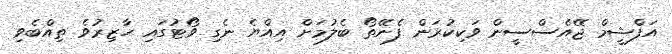
އަފްޝީމް ޖޭއެސްސީން ވަކިކުރަން ފެނޭތޯ ބެލުމަށް އިއްޔެ ނެގި ވޯޓުގައި ހާޒިރުވެ ތިއްބެވި